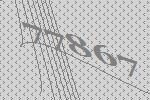
77867